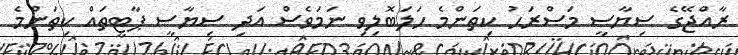
ރާއްޖޭގެ ސިޔާސީ މަސްރަޙު ކިތަންމެ ހަލަބޮލިވި ނަމަވެސް އަދި ސިޔާސީ ޕާޓީތައް ކިތަންމެ